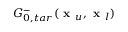
G _ { 0 , t a r } ^ { - } ( \textbf { x } _ { u } , \textbf { x } _ { l } )